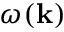
\omega ( \mathbf { k } )